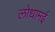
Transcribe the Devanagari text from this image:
लोधामई